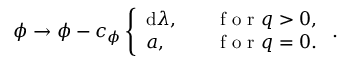
\phi \to \phi - c _ { \phi } \left\{ \begin{array} { l l } { \mathrm { d } \lambda , } & { \quad \mathrm { ~ f ~ o ~ r ~ } q > 0 , } \\ { a , } & { \quad \mathrm { ~ f ~ o ~ r ~ } q = 0 . } \end{array} \right. .